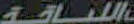
اللياقة